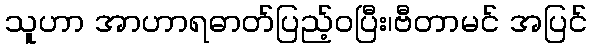
သူဟာ အာဟာရဓာတ်ပြည့်ဝပြီး၊ဗီတာမင် အပြင်